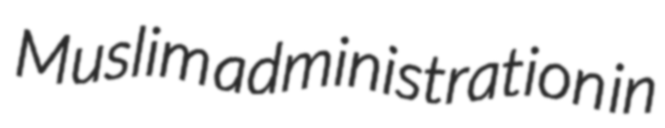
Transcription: Muslim administration in